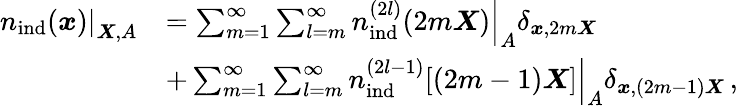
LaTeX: \begin{array}{rl}{\left.{n}_{\mathrm{ind}}(\boldsymbol{x})\right|_{\boldsymbol{X},A}}&{=\sum_{m=1}^{\infty}\sum_{l=m}^{\infty}\left.{n}_{\mathrm{ind}}^{(2l)}(2m\boldsymbol{X})\right|_{A}\delta_{\boldsymbol{x},2m\boldsymbol{X}}}\\ &{+\sum_{m=1}^{\infty}\sum_{l=m}^{\infty}\left.{n}_{\mathrm{ind}}^{(2l-1)}[(2m-1)\boldsymbol{X}]\right|_{A}\delta_{\boldsymbol{x},(2m-1)\boldsymbol{X}}\, ,}\end{array}